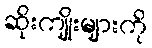
ဆိုးကျိုးများကို